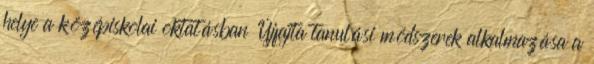
helye a középiskolai oktatásban Újfajta tanulási módszerek alkalmazása a